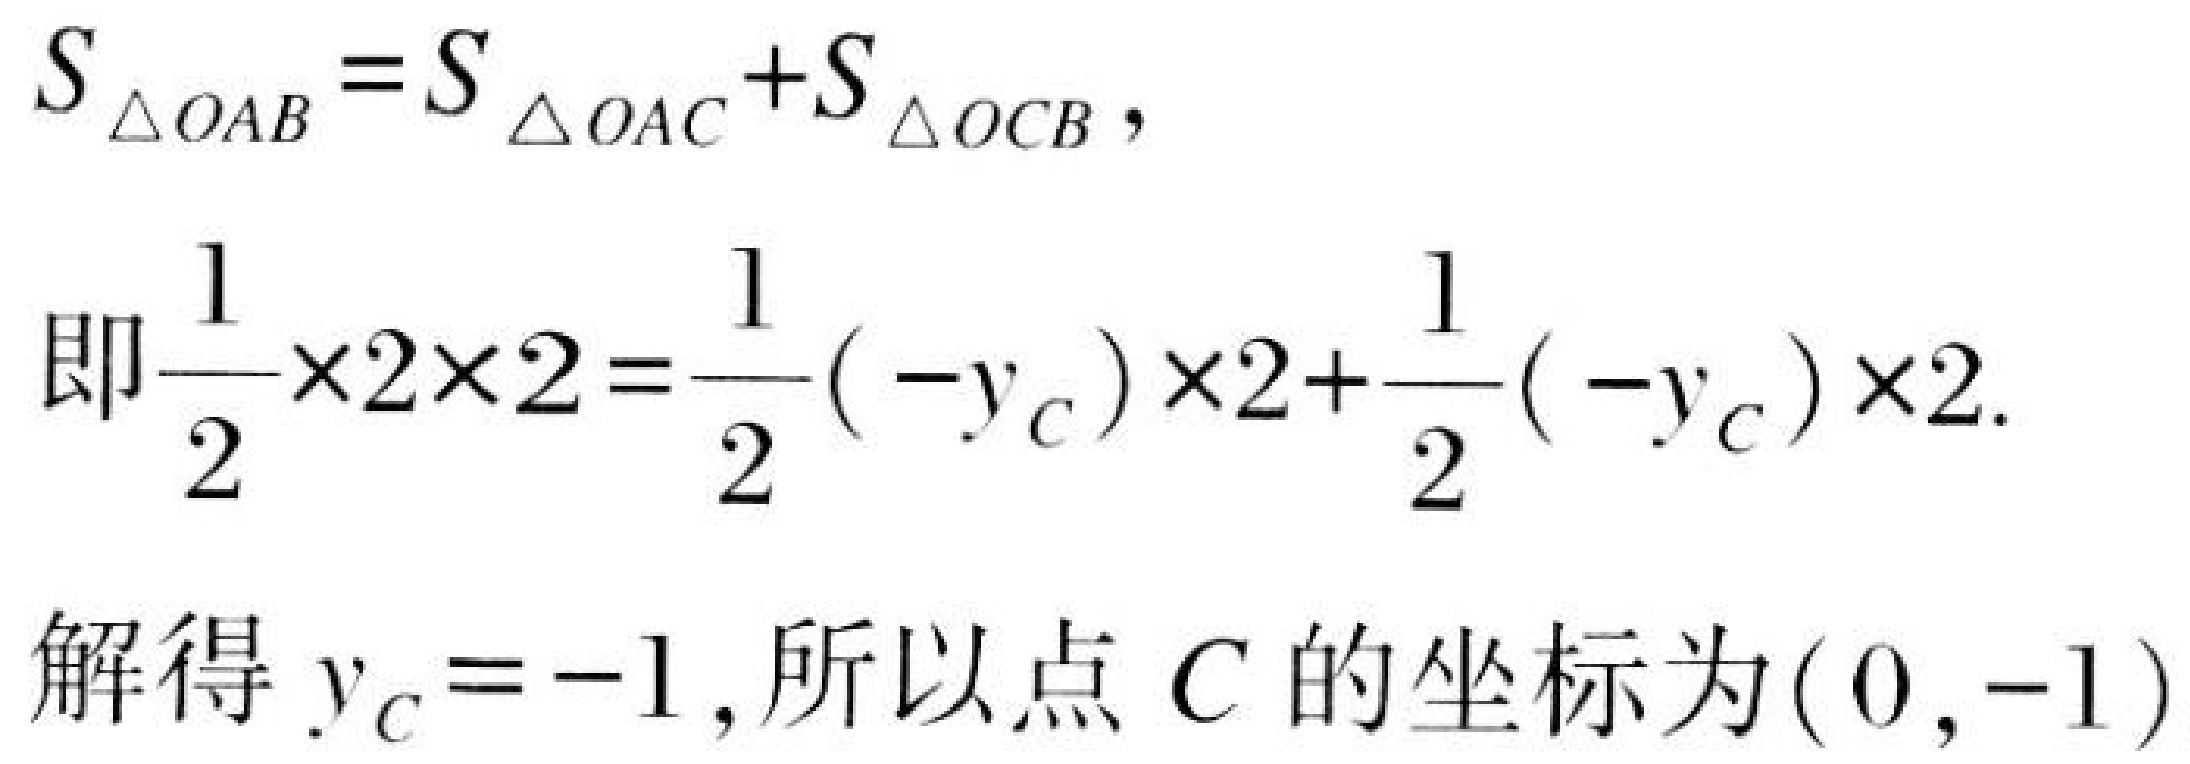
\[
\begin{align*}
S_{\triangle OAB}&=S_{\triangle OAC}+S_{\triangle OCB},\\
\text{即}\frac{1}{2}\times2\times2&=\frac{1}{2}(-y_{C})\times2+\frac{1}{2}(-y_{C})\times2.\\
\text{解得 }y_{C}&=- 1,\text{所以点 }C\text{ 的坐标为}(0,-1)
\end{align*}
\]